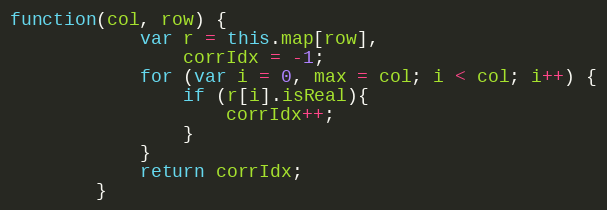
Language: JavaScript
function(col, row) {
            var r = this.map[row],
                corrIdx = -1;
            for (var i = 0, max = col; i < col; i++) {
                if (r[i].isReal){
                    corrIdx++;
                }
            }
            return corrIdx;
        }